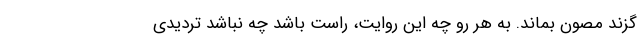
گزند مصون بماند. به هر رو چه این روایت، راست باشد چه نباشد تردیدی